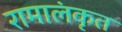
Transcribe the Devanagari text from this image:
रामालंकृत